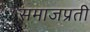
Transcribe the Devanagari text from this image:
समाजप्रती